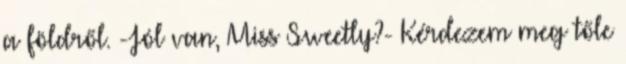
a földről. -Jól van, Miss Sweetly?- Kérdezem meg tőle